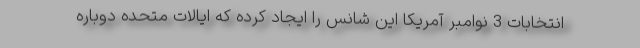
انتخابات 3 نوامبر آمریکا این شانس را ایجاد کرده که ایالات متحده دوباره